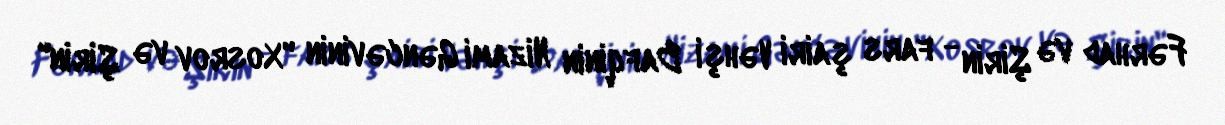
Fərhad və Şirin - fars şairi Vəhşi Bafqinin Nizami Gəncəvinin "Xosrov və Şirin"